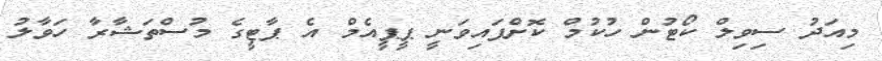
މިއަދު ސިވިލް ކޯޓުން ހުކުމް ކޮށްފައިވަނީ ޕީޕީއެމް އެ ޕާޓީގެ މުސްތަޝާރާ ހަވާލު